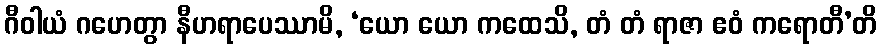
ဂီဝါယံ ဂဟေတွာ နီဟရာပေဿာမိ, ‘ယော ယော ကထေသိ, တံ တံ ရာဇာ ဧဝံ ကရောတီ’တိ